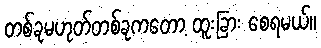
တစ်ခုမဟုတ်တစ်ခုကတော့ ထူးခြား စေရမယ်။